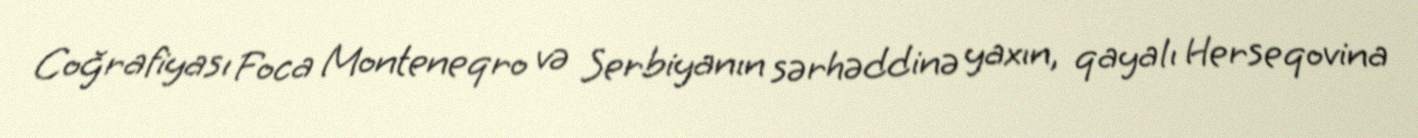
Coğrafiyası Foca Monteneqro və Serbiyanın sərhəddinə yaxın, qayalı Herseqovina